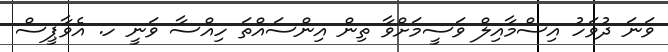
ވަނަ ދުވަހު އިސްމާއިލް ވަސީމަށްވާ ތިން އިންސައްތަ ހިއްސާ ވަނީ ހ. އެވާޕީސް